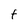
Character: t